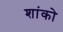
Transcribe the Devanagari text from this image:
शांको